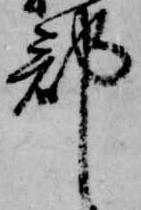
郡